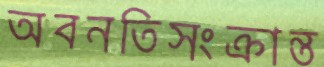
অবনতিসংক্রান্ত